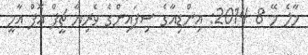
މާލެ މޭ 8 2014: އިންޑިއާގެ ސިފައިންގެ ވެރިޔާ ޗީފް އޮފް އާމީ